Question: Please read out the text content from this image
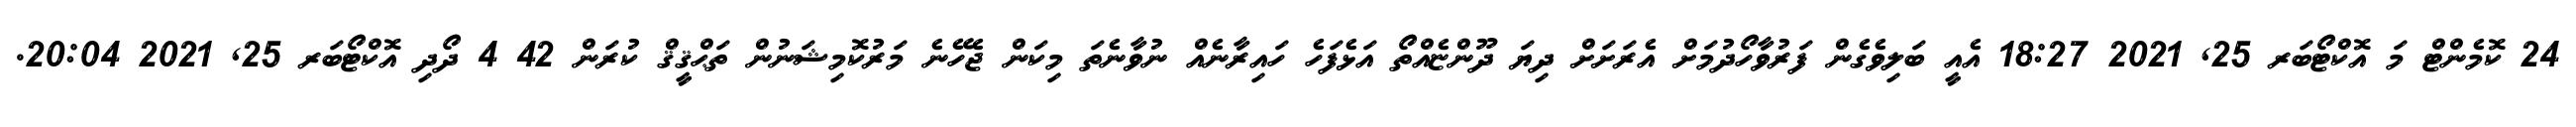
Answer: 24 ކޮމެންޓް މަ އޮކްޓޯބަރ 25, 2021 18:27 އެއީ ބަލިވެގެން ފަރުވާހޯދުމަށް އެރަށަށް ދިޔަ ދޫންޏެއްތޯ އަޅެފަހެ ހައިރާނެއް ނުވާނެތަ މިކަން ޖެހޭނެ މަރުކޮމިޝަނުން ތަޙްޤީޤް ކުރަން 42 4 ދޯދި އޮކްޓޯބަރ 25, 2021 20:04.